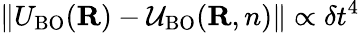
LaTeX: \| U_{\mathrm{BO}}({\mathbf R})-{\cal U}_{\mathrm{BO}}({\mathbf R,n})\| \propto\delta t^{4}